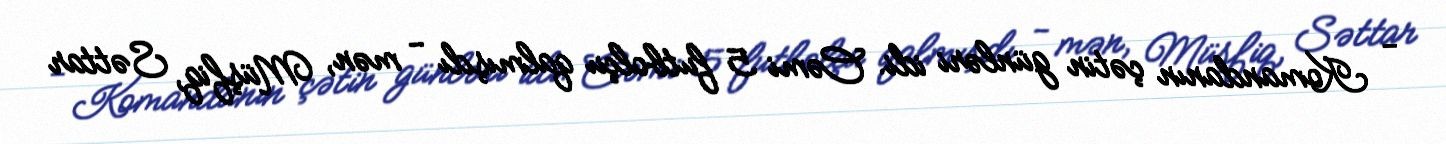
- Komandanın çətin günləri idi. Cəmi 5 futbolçu qalmışdı - mən, Müşfiq, Səttar